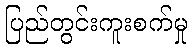
ပြည်တွင်းကူးစက်မှု